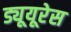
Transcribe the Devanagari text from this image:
ड्यूयूरेस